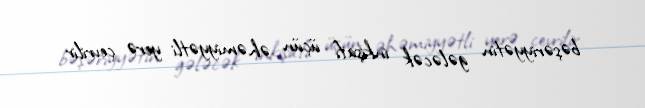
bəşəriyyətin gələcək inkişafı üçün əhəmiyyətli yerə çevrilir.